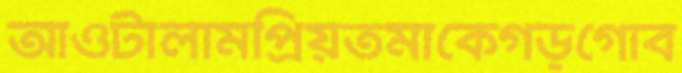
আওটালামপ্রিয়তমাকেগড়গোব